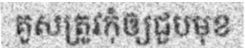
គូសត្រូវកុំឲ្យជួបមុខ